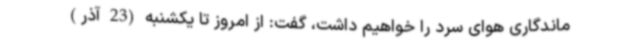
ماندگاری هوای سرد را خواهیم داشت، گفت: از امروز تا یکشنبه (23 آذر)